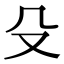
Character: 殳